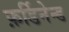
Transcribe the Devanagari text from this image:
फ़र्डिनेन्ड